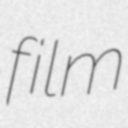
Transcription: film